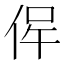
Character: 𠉖